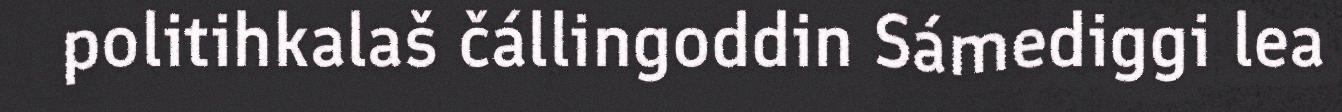
politihkalaš čállingoddin Sámediggi lea